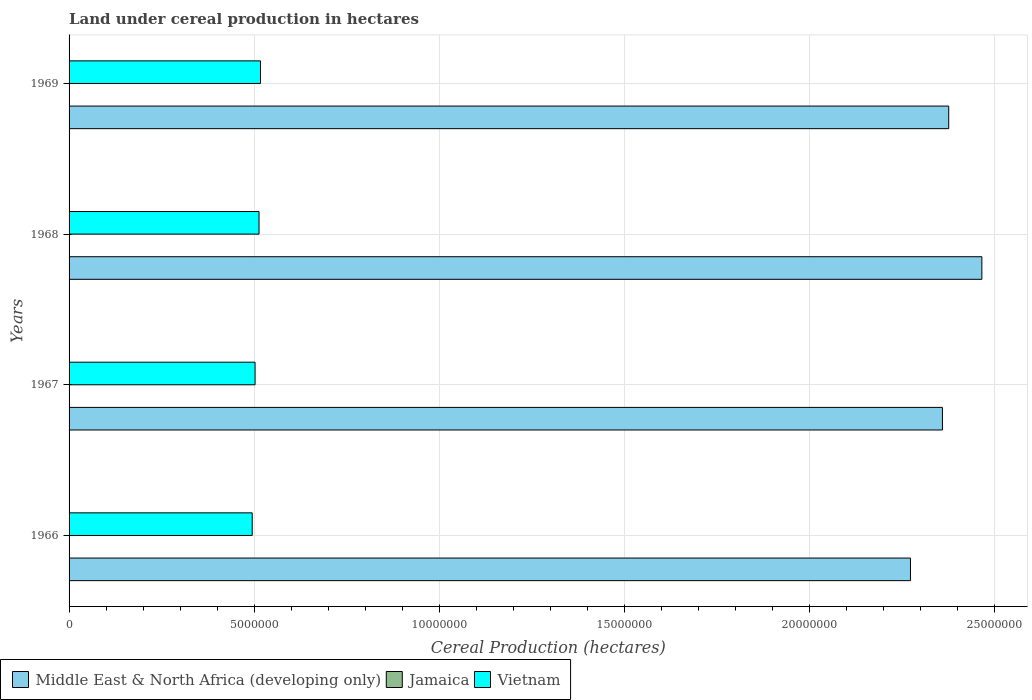
| Years | Middle East & North Africa (developing only) | Jamaica | Vietnam |
 | --- | --- | --- | --- |
 | 1966 | 2.27e+07 | 5.98e+03 | 4.95e+06 |
 | 1967 | 2.36e+07 | 3.59e+03 | 5.03e+06 |
 | 1968 | 2.47e+07 | 3.98e+03 | 5.13e+06 |
 | 1969 | 2.38e+07 | 3.71e+03 | 5.17e+06 |